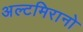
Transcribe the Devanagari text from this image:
अल्टमिरानो